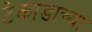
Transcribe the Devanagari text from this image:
टेकाडाच्या